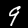
Label: 9